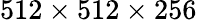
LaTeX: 512\times 512\times 256